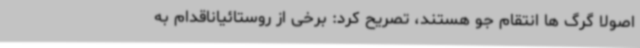
اصولاً گرگ ها انتقام جو هستند، تصریح کرد: برخی از روستائیاناقدام به